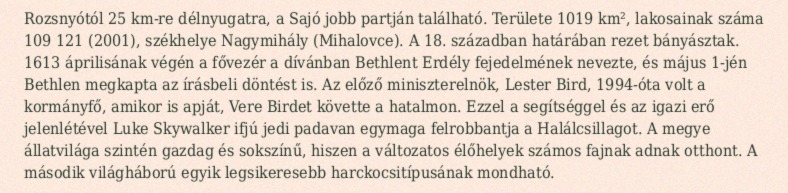
Rozsnyótól 25 km-re délnyugatra, a Sajó jobb partján található. Területe 1019 km², lakosainak száma 109 121 (2001), székhelye Nagymihály (Mihalovce). A 18. században határában rezet bányásztak. 1613 áprilisának végén a fővezér a dívánban Bethlent Erdély fejedelmének nevezte, és május 1-jén Bethlen megkapta az írásbeli döntést is. Az előző miniszterelnök, Lester Bird, 1994-óta volt a kormányfő, amikor is apját, Vere Birdet követte a hatalmon. Ezzel a segítséggel és az igazi erő jelenlétével Luke Skywalker ifjú jedi padavan egymaga felrobbantja a Halálcsillagot. A megye állatvilága szintén gazdag és sokszínű, hiszen a változatos élőhelyek számos fajnak adnak otthont. A második világháború egyik legsikeresebb harckocsitípusának mondható.